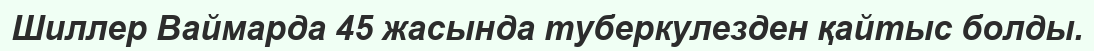
Шиллер Ваймарда 45 жасында туберкулезден қайтыс болды.